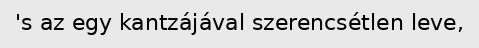
's az egy kantzájával szerencsétlen leve,